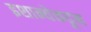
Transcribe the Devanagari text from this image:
इशान्येकडून